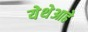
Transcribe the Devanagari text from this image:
येथेआहे